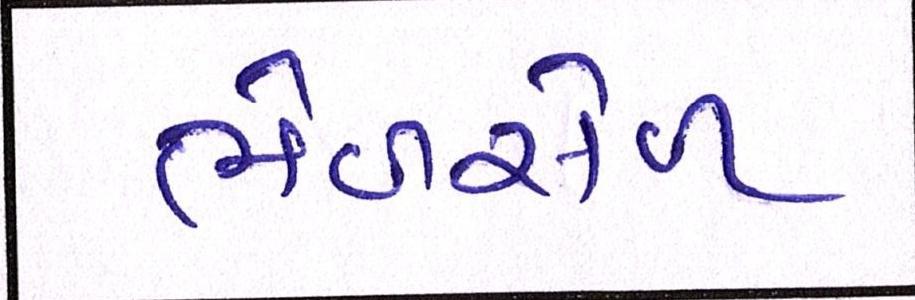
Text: ભેળસેળ